Lunatic asylums Bombay report 1891-1903 - 1891-1903
Year: 1891
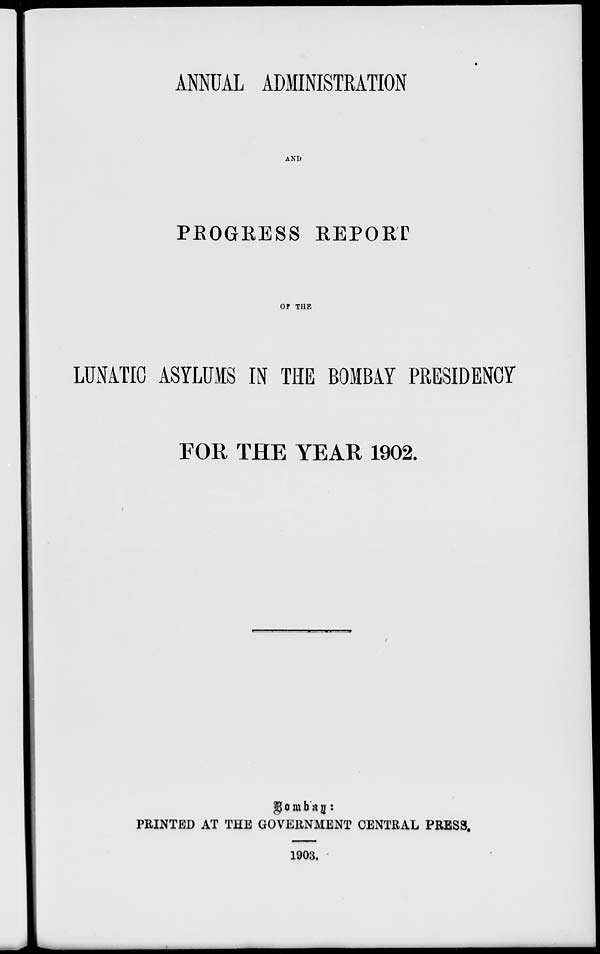
ANNUAL ADMINISTRATION
AND
PROGRESS REPORT
OF THE
LUNATIC ASYLUMS IN THE BOMBAY PRESIDENCY
FOR THE YEAR 1902.
Bombay:
PRINTED AT THE GOVERNMENT CENTRAL PRESS.
1903.